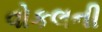
વોકલની